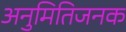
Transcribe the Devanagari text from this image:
अनुमितिजनक